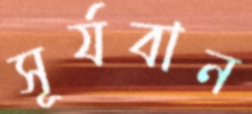
সূর্যবান